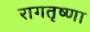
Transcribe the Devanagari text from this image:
रागतृष्णा